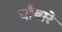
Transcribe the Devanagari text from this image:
चौबारे